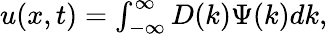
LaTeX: \begin{array}{r}{u(x,t)=\int_{-\infty}^{\infty}D(k)\Psi(k)dk,}\end{array}